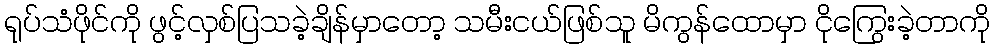
ရုပ်သံဖိုင်ကို ဖွင့်လှစ်ပြသခဲ့ချိန်မှာတော့ သမီးငယ်ဖြစ်သူ မိကွန်ထောမှာ ငိုကြွေးခဲ့တာကို